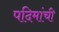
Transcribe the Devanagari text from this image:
पदिमांची